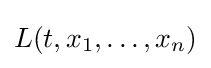
L(t,x_{1},\dots ,x_{n})